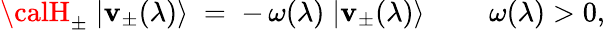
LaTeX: {\calH}_{\pm}\; |\mathbf{v}_{\pm}(\lambda)\rangle\; =\; -\, \omega(\lambda)\; |\mathbf{v}_{\pm}(\lambda)\rangle\; \qquad\omega(\lambda)>0,